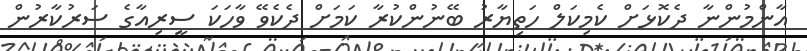
އާންމުންނާ ދެކޮޅަށް ކެމިކަލް ހަތިޔާރު ބޭނުންކުރާ ކަމަށް ދެކެވޭ ވާހަކަ ސީރިއާގެ ސަރުކާރުން